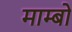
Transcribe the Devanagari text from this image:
माम्बो